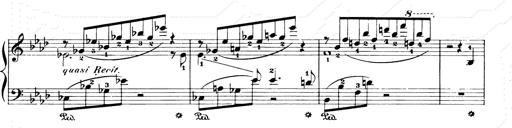
Title: Consolations and LiebestrÃ¤ume for the Piano
Composer: Franz Liszt